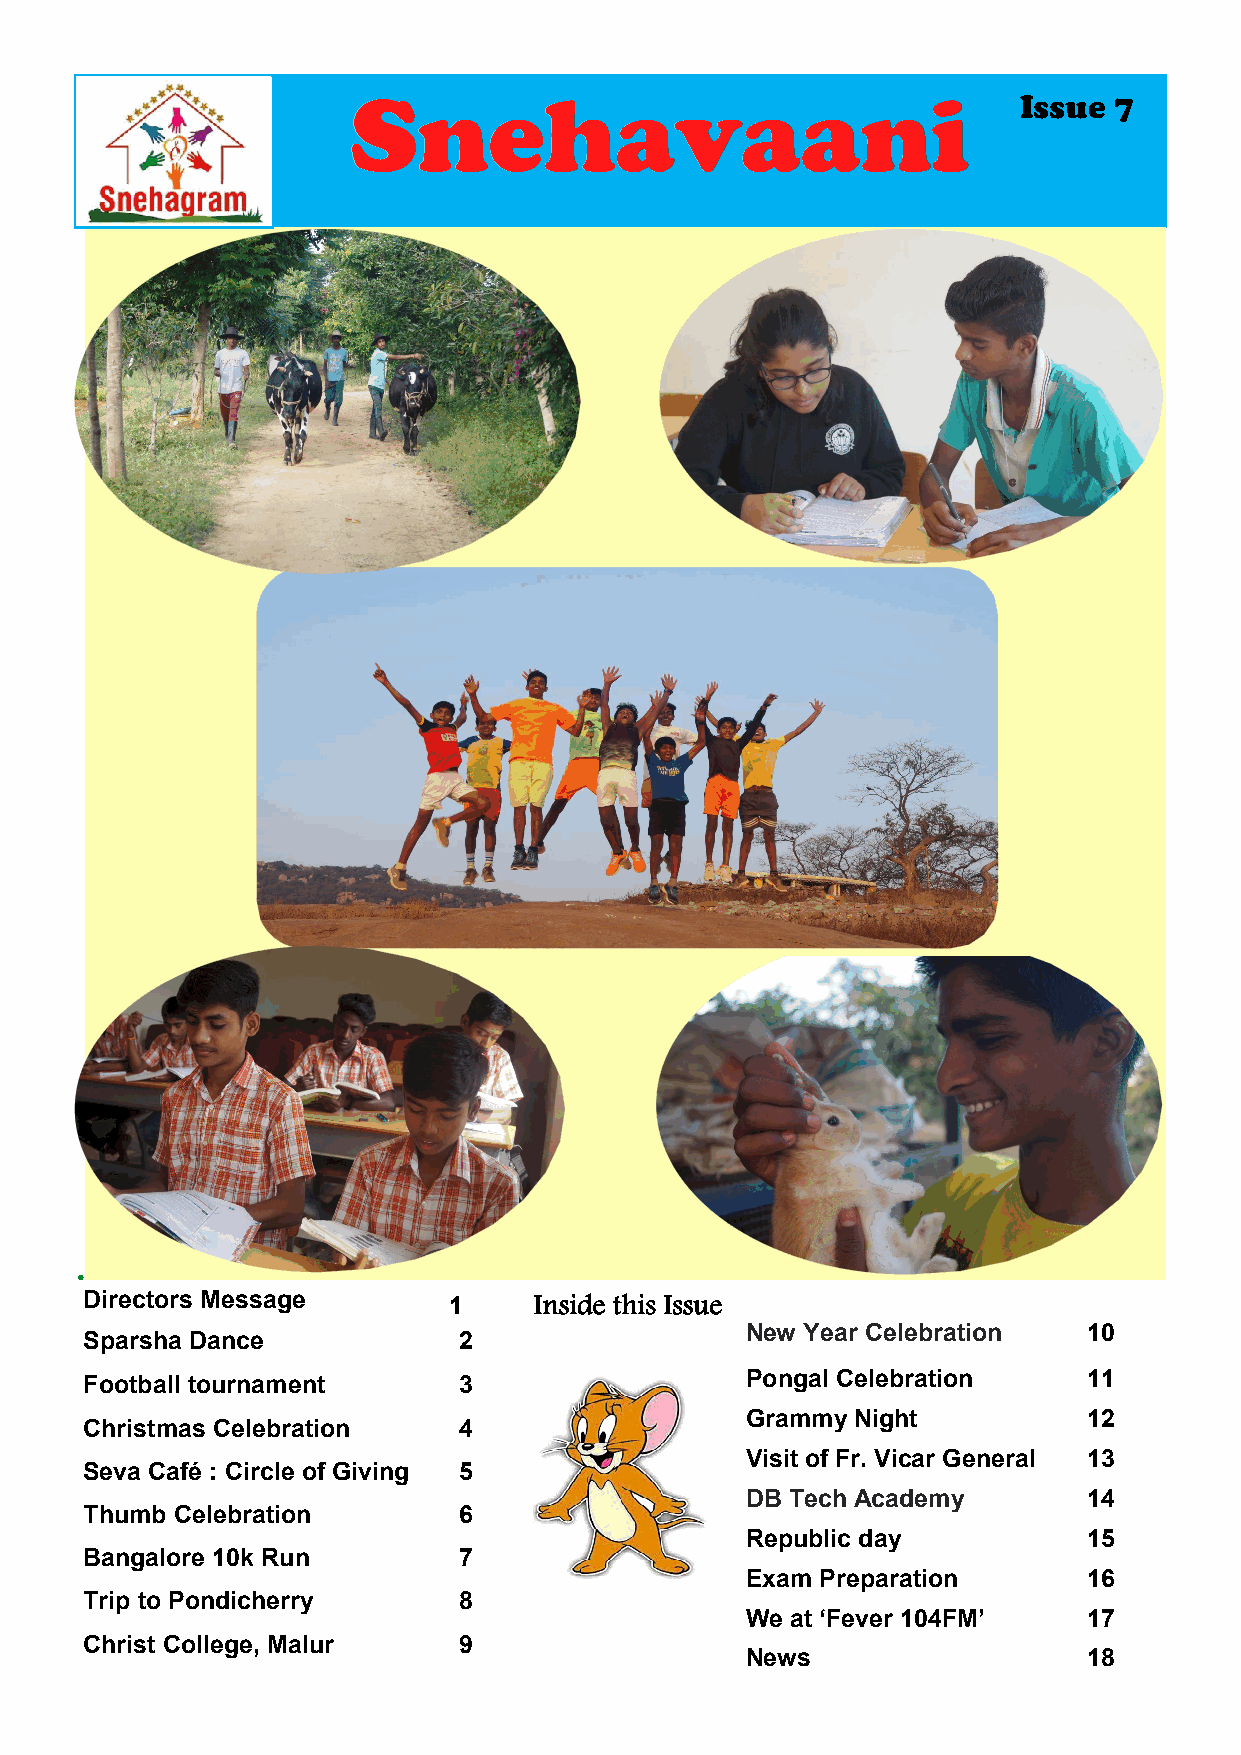
Issue  7
 Directors Message       1    Inside this Issue
 New Year Celebration   10
 Sparsha Dance           2
 Football tournament     3                  Pongal Celebration     11
 Grammy Night           12
 Christmas Celebration   4
 Visit of Fr. Vicar General 13
 Seva Café : Circle of Giving 5
 DB Tech Academy        14
 Thumb Celebration       6
 Republic day           15
 Bangalore 10k Run       7
 Exam Preparation       16
 Trip to Pondicherry     8
 We at ‘Fever 104FM’    17
 Christ College, Malur   9
 News                   18